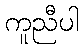
ကူညီပါ